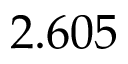
2 . 6 0 5